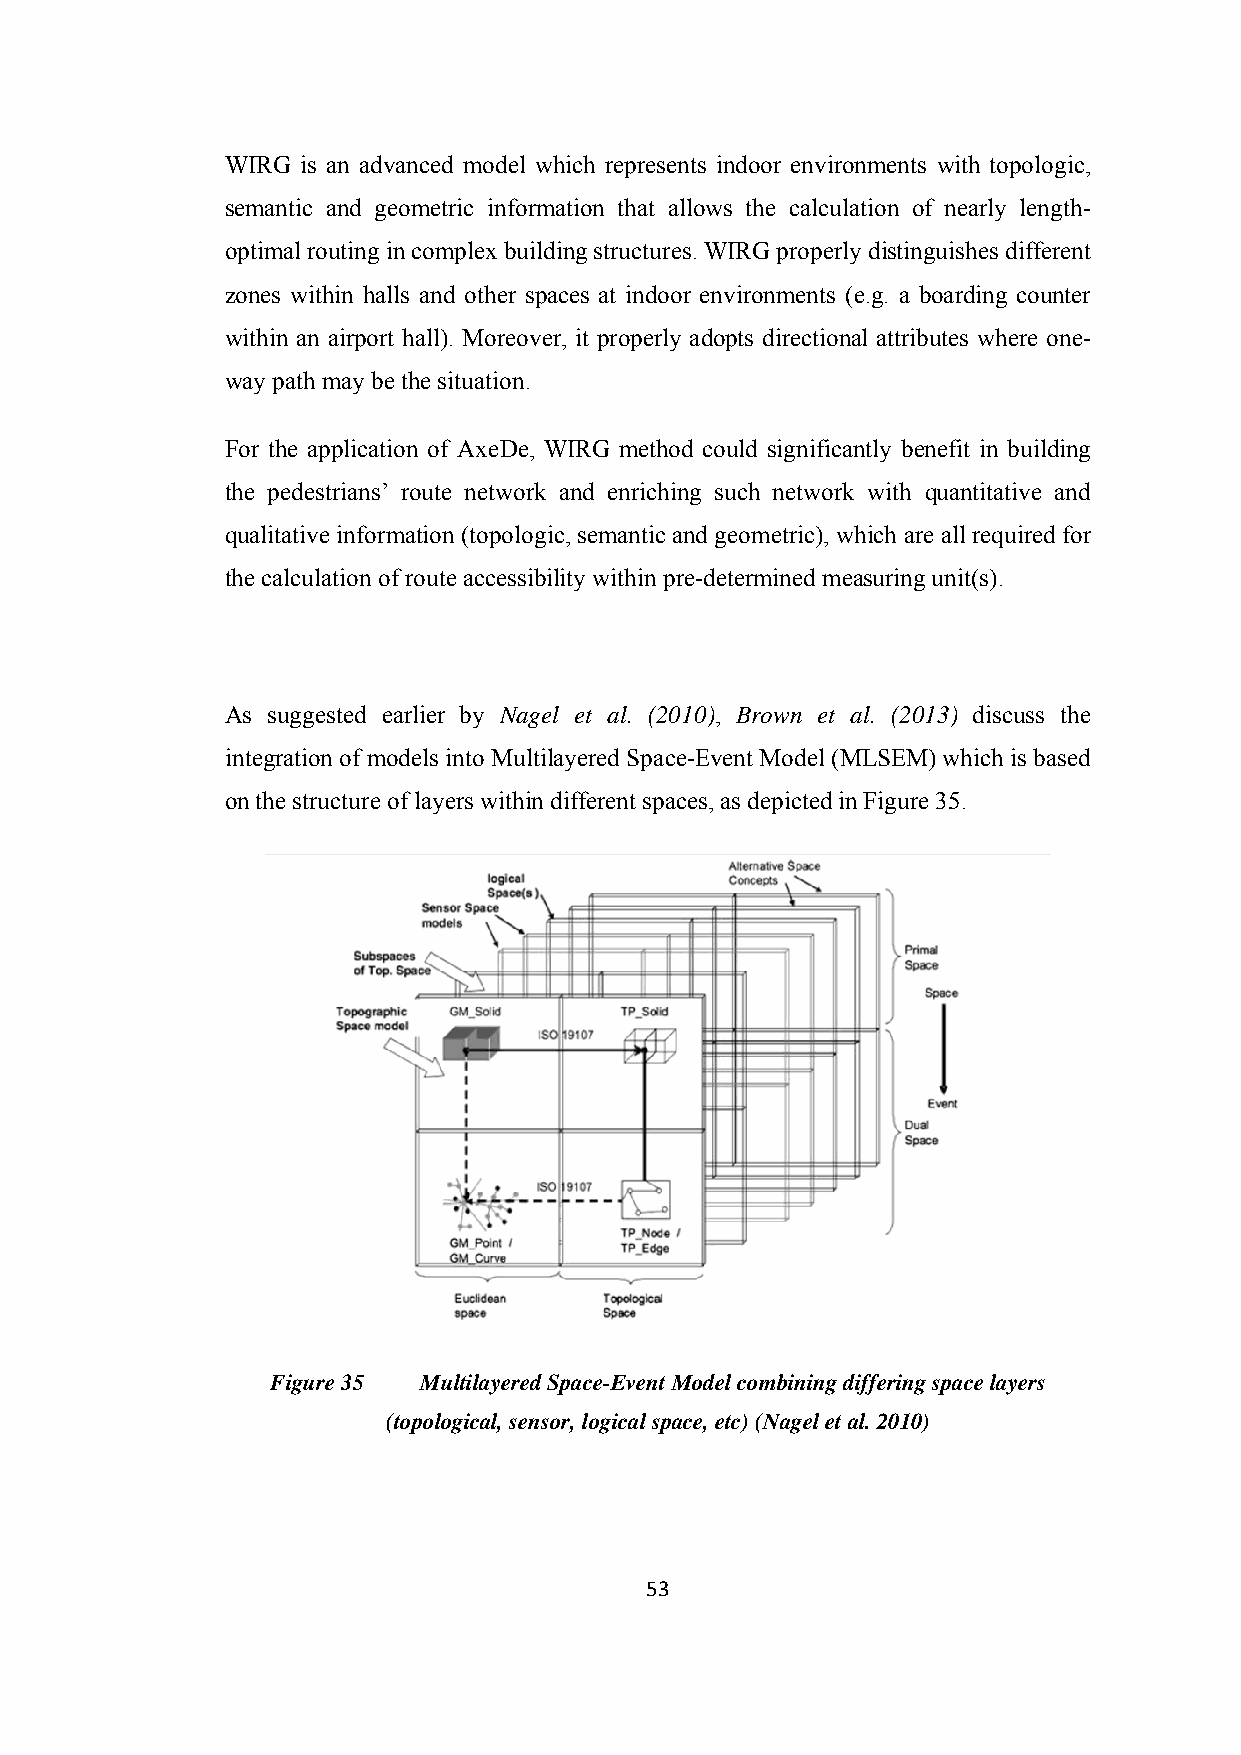
WIRG is an advanced model which represents indoor environments with topologic,
 semantic and geometric information that allows the calculation of nearly length-
 optimal routing in complex building structures. WIRG properly distinguishes different
 zones within halls and other spaces at indoor environments (e.g. a boarding counter
 within an airport hall). Moreover, it properly adopts directional attributes where one-
 way path may be the situation.
 For the application of AxeDe, WIRG method could significantly benefit in building
 the pedestrians’ route network and enriching such network with quantitative and
 qualitative information (topologic, semantic and geometric), which are all required for
 the calculation of route accessibility within pre-determined measuring unit(s).
 As suggested earlier by Nagel et al. (2010), Brown et al. (2013) discuss the
 integration of models into Multilayered Space-Event Model (MLSEM) which is based
 on the structure of layers within different spaces, as depicted in Figure 35.
 Figure 35 Multilayered Space-Event Model combining differing space layers
 (topological, sensor, logical space, etc) (Nagel et al. 2010)
 53